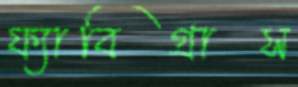
ফ্যাবিগ্রাস